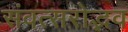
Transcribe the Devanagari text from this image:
संवत्सरोद्भव